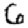
Digit: 6